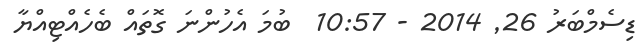
ޑިސެމްބަރު 26